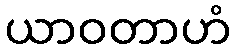
ယာဝတာဟံ